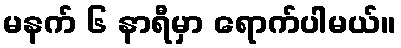
မနက် ၆ နာရီမှာ ရောက်ပါမယ်။